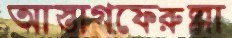
আস্তাগফেরুল্লা